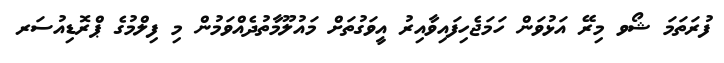
ފުރަތަމަ ޝޯވ މިރޭ އަޅުވަން ހަމަޖެހިފައިވާއިރު އީވަގުތަށް މައުލޫމާތުދެއްވަމުން މި ފިލްމުގެ ޕްރޮޑިއުސަރ